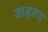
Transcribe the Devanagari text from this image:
मामृतात्‌